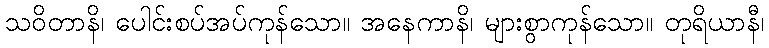
သဝိတာနိ၊ ပေါင်းစပ်အပ်ကုန်သော။ အနေကာနိ၊ များစွာကုန်သော။ တုရိယာနီ၊